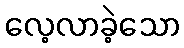
လေ့လာခဲ့သော